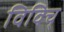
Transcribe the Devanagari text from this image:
विविच्